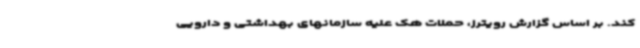
کند. بر اساس گزارش رویترز، حملات هک علیه سازمانهای بهداشتی و دارویی